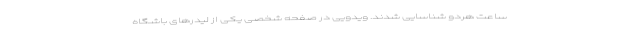
ساعت هردو شناسایی شدند. ویدویی در صفحه شخصی یکی از لیدرهای باشگاه